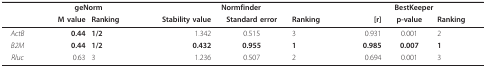
|  | <COLSPAN=2> geNorm | <COLSPAN=3> Normfinder | <COLSPAN=3> BestKeeper |
 |  | M value | Ranking | Stability value | Standard error | Ranking | [r] | p-value | Ranking |
 | --- | --- | --- | --- | --- | --- | --- | --- | --- |
 | ActB | 0.44 | 1/2 | 1.342 | 0.515 | 3 | 0.931 | 0.001 | 2 |
 | B2M | 0.44 | 1/2 | 0.432 | 0.955 | 1 | 0.985 | 0.007 | 1 |
 | Rluc | 0.63 | 3 | 1.236 | 0.507 | 2 | 0.694 | 0.001 | 3 |